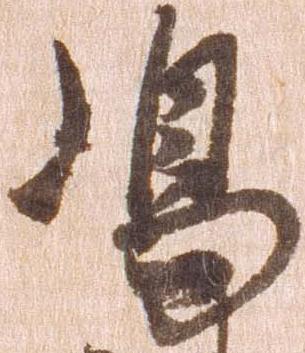
嶋